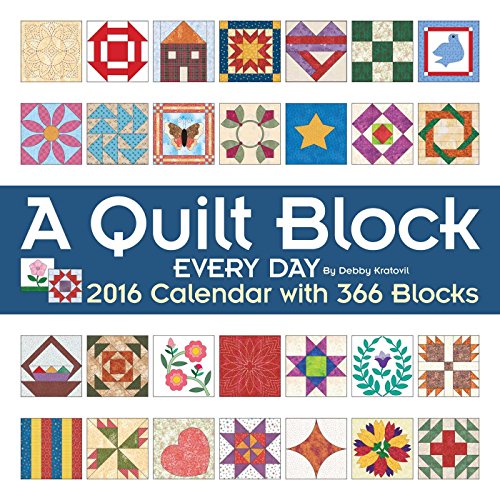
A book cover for A Quilt Block Every Day 2016 Wall Calendar: with 366 Blocks; Debby Kratovil; Calendars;